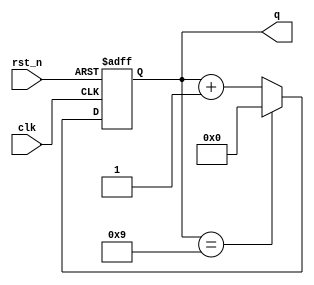
module bcd_async_counter (
    input wire clk,                // Clock input
    input wire rst_n,              // Asynchronous reset (active low)
    output reg [3:0] q            // BCD output (Q3, Q2, Q1, Q0)
);

// On the rising edge of clock or when reset is asserted
always @(posedge clk or negedge rst_n) begin
    if (!rst_n) begin
        // Asynchronous reset to 0
        q <= 4'b0000;
    end else begin
        // Increment the counter
        if (q == 4'b1001) begin
            // If the counter is 9 (1001), reset it to 0
            q <= 4'b0000;
        end else begin
            // Else increment the counter
            q <= q + 1;
        end
    end
end

endmodule